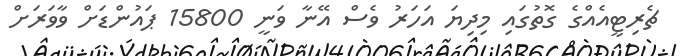
ޗެރިޓީއެއްގެ ގޮތުގައި މިދިޔަ އަހަރު ވެސް އޭނާ ވަނީ 15800 ޕައުންޑަށް ވާވަރަށް